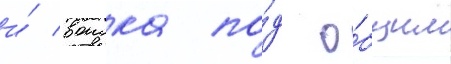
и́ воиска по́д о́бщим